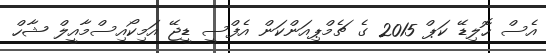
އެސް ހޮލިޑޭ ކަޕް 2015 ގެ ޗެމްޕިއަންކަން އެފްސީ ޑީޖޭ އަމިކޯއިސްމާއީލް ޝާހް